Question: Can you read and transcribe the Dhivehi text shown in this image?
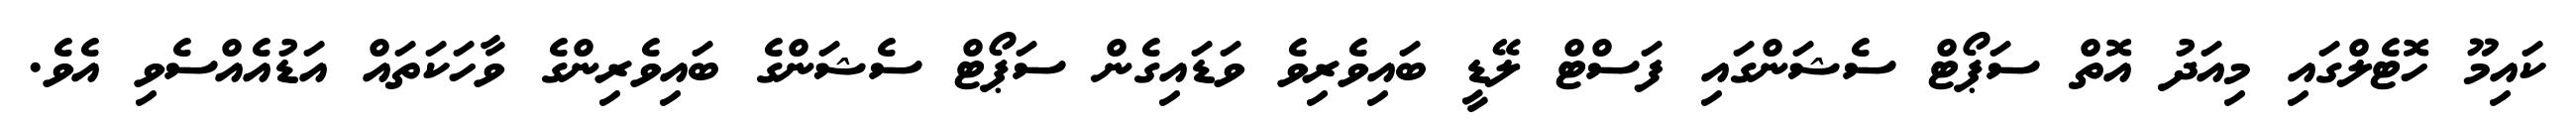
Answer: ކައިމޫ ހޮޓެލްގައި މިއަދު އޮތް ސަޕޯޓް ސެޝަންގައި ފަސްޓް ލޭޑީ ބައިވެރިވެ ވަޑައިގެން ސަޕޯޓް ސެޝަންގެ ބައިވެރިންގެ ވާހަކަތައް އަޑުއެއްސެވި އެވެ.